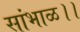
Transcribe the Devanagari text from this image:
सांभाळ।।